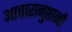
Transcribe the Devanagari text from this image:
आचारानुष्ठानों